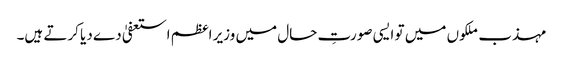
مہذب ملکوں میں تو ایسی صورتِ حال میں وزیر اعظم استعفیٰ دے دیا کرتے ہیں۔